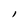
Character: l